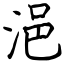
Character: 浥